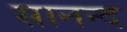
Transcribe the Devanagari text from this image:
सानन्‍द